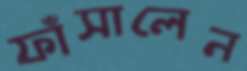
ফাঁসালেন